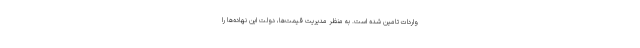
واردات تامین شده است. به منظر مدیریت قیمت‌ها، دولت این نهاده‌ها را